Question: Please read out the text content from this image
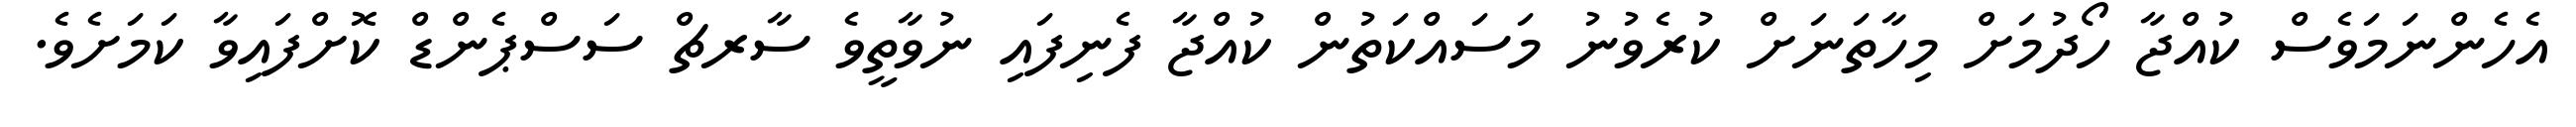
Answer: އެހެންނަމަވެސް ކުއްޖާ ހޯދުމަށް މިހާތަނަށް ކުރެވުނު މަސައްކަތުން ކުއްޖާ ފެނިފައި ނުވާތީވެ ސާރޗް ސަސްޕެންޑް ކޮށްފައިވާ ކަމަށެވެ.